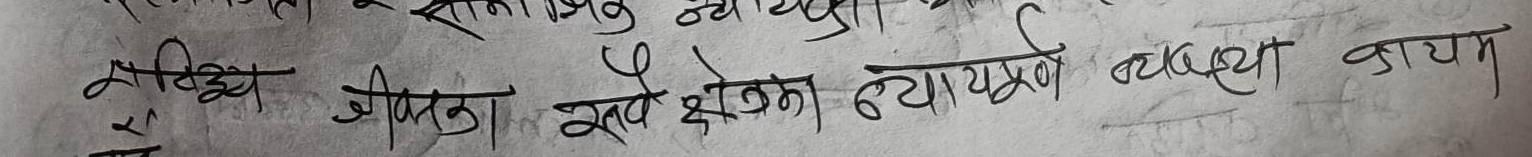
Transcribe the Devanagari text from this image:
निश्चिंत जीवनका सबै क्षेत्रका न्यायपूर्ण व्यवस्था कायम